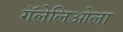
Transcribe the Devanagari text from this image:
गॅलेलिओला